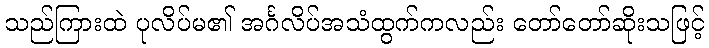
သည်ကြားထဲ ပုလိပ်မ၏ အင်္ဂလိပ်အသံထွက်ကလည်း တော်တော်ဆိုးသဖြင့်